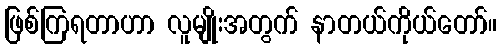
ဖြစ်ကြရတာဟာ လူမျိုးအတွက် နာတယ်ကိုယ်တော်။